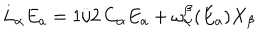
LaTeX: L _ { \alpha } E _ { a } = 1 / 2 \, C _ { \alpha } E _ { a } + { \omega _ { \alpha } ^ { \beta } } ( E _ { a } ) X _ { \beta }